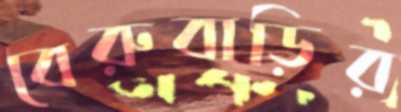
বেরুবাড়ির